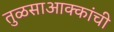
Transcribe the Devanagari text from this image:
तुळसाआक्कांची